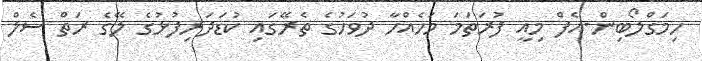
ހިމަގްލޯބިން-އެފް މިއީ ފުރަތަމަ މަހެއްހާ ދުވަހުގެ ތެރޭގައި ކުޑަދަރިފުޅުގެ ލޭގެ ރަތް ސެލް